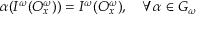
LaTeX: \alpha ( { \cal I ^ { \omega } } ( { \cal O } _ { x } ^ { \omega } ) ) = { \cal I ^ { \omega } } ( { \cal O } _ { x } ^ { \omega } ) , ~ ~ ~ \forall \alpha \in G _ { \omega }